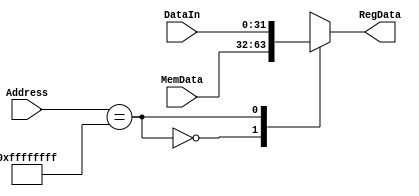
module ParallelIN(input [31:0] Address, DataIn, MemData,
							output reg [31:0] RegData);
								
	always @ (*)
		case(Address == 32'hFFFFFFFF)
			1'b0	:	RegData = MemData;
			1'b1	:	RegData = DataIn;
			default : RegData = 0;
		endcase
endmodule